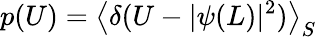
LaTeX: p(U)=\left\langle\delta(U-\vert\psi(L)\vert^{2})\right\rangle_{S}